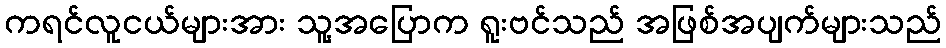
ကရင်လူငယ်များအား သူ့အပြောက ရူးဗင်သည် အဖြစ်အပျက်များသည်